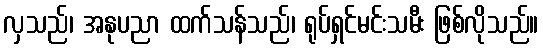
လှသည်၊ အနုပညာ ထက်သန်သည်၊ ရုပ်ရှင်မင်းသမီး ဖြစ်လိုသည်။